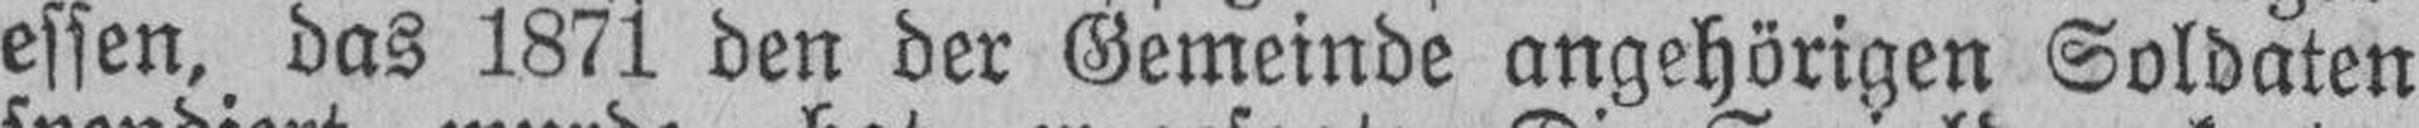
essen, das 1871 den der Gemeinde angehörigen Soldaten